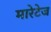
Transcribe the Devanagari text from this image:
मारेटेज